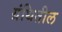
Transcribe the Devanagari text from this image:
ग्रंथितील